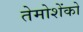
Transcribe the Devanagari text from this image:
तेमोशेंको